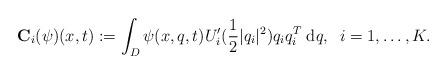
LaTeX: \begin{align*}\mathbf{C}_i(\psi)(x,t):=\int_D\psi(x,q,t)U'_i(\frac{1}{2}|q_i|^2)q_iq_i^T\;\mathrm{d}q,\;\;i=1,\ldots,K.\end{align*}